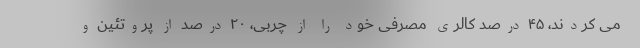
می کردند، ۴۵ درصد کالری مصرفی خود را از چربی، ۲۰ درصد از پروتئین و